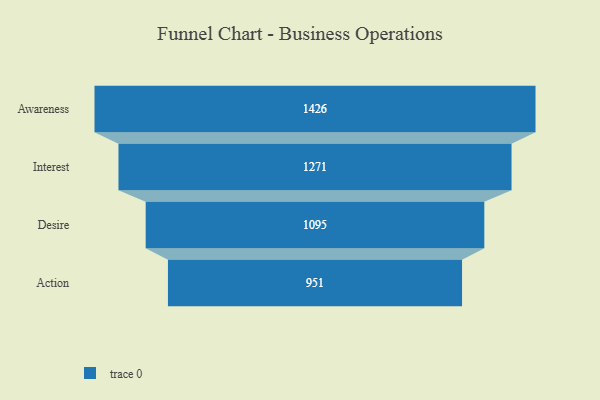
{"axis": {"x": "Stage", "y": "Value"}, "legend": [""], "data": [{"x": "Awareness", "y": 1426.0, "type": ""}, {"x": "Interest", "y": 1271.0, "type": ""}, {"x": "Desire", "y": 1095.0, "type": ""}, {"x": "Action", "y": 951.0, "type": ""}]}